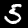
Digit: 5